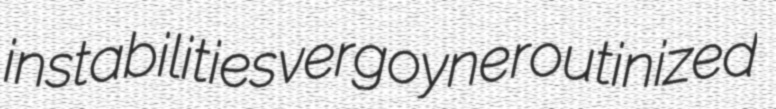
instabilities vergoyne routinized